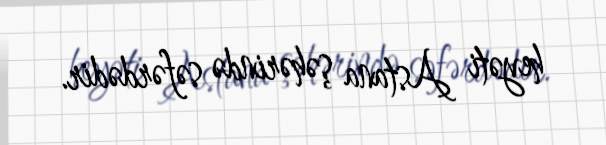
heyəti Astana şəhərində səfərdədir.